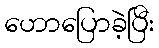
ဟောပြောခဲ့ပြီး